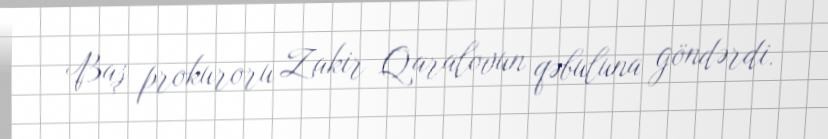
Baş prokuroru Zakir Qaralovun qəbuluna göndərdi.